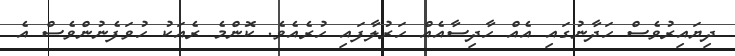
ދިޔައިރުވެސް ހަދާނުގައި އެއް ހާދިސާއެއް ހަރުލާފައި ހުރެއެވެ. ކޮންމެ ރެއަކު ހުވަފެނުންވެސް އެ